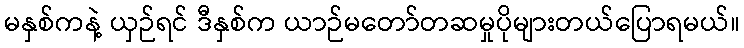
မနှစ်ကနဲ့ ယှဉ်ရင် ဒီနှစ်က ယာဉ်မတော်တဆမှုပိုများတယ်ပြောရမယ်။